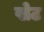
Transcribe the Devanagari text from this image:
खेट